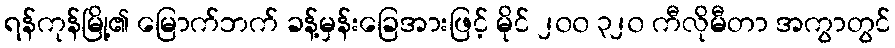
ရန်ကုန်မြို့၏ မြောက်ဘက် ခန့်မှန်းခြေအားဖြင့် မိုင် ၂၀၀ ၃၂၀ ကီလိုမီတာ အကွာတွင်